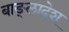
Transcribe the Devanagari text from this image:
बाङ्लादेश्